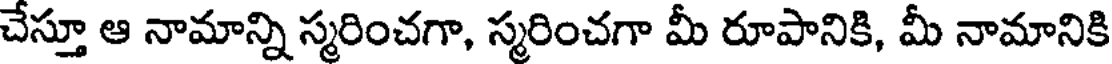
చేస్తూ ఆ నామాన్ని స్మరించగా, స్మరించగా మీ రూపానికి, మీ నామానికి